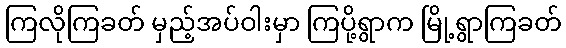
ကြလိုကြခတ် မှည့်အပ်ဝါးမှာ ကြပို့ရွာက မြို့ရွာကြခတ်